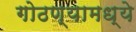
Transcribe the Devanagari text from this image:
गोठण्यामध्ये